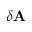
\delta \mathbf { A }